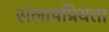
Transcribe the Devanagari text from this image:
संलापप्रियता